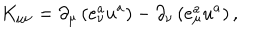
K _ { \mu \nu } = \partial _ { \mu } \left( e _ { \nu } ^ { a } u ^ { a } \right) - \partial _ { \nu } \left( e _ { \mu } ^ { a } u ^ { a } \right) ,